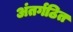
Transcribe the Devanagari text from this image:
अंतर्गठित